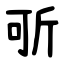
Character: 㪼